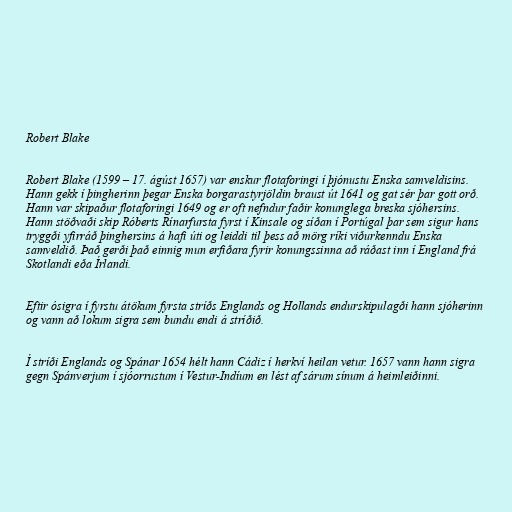
Robert Blake

Robert Blake (1599 – 17. ágúst 1657) var enskur flotaforingi í þjónustu Enska samveldisins.
Hann gekk í þingherinn þegar Enska borgarastyrjöldin braust út 1641 og gat sér þar gott orð.
Hann var skipaður flotaforingi 1649 og er oft nefndur faðir konunglega breska sjóhersins.
Hann stöðvaði skip Róberts Rínarfursta fyrst í Kinsale og síðan í Portúgal þar sem sigur hans
tryggði yfirráð þinghersins á hafi úti og leiddi til þess að mörg ríki viðurkenndu Enska
samveldið. Það gerði það einnig mun erfiðara fyrir konungssinna að ráðast inn í England frá
Skotlandi eða Írlandi.

Eftir ósigra í fyrstu átökum fyrsta stríðs Englands og Hollands endurskipulagði hann sjóherinn
og vann að lokum sigra sem bundu endi á stríðið.

Í stríði Englands og Spánar 1654 hélt hann Cádiz í herkví heilan vetur. 1657 vann hann sigra
gegn Spánverjum í sjóorrustum í Vestur-Indíum en lést af sárum sínum á heimleiðinni.